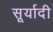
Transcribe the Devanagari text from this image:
सूर्यादी